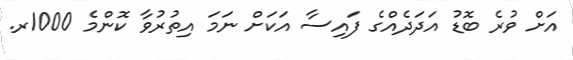
އަށް ވުރެ ބޮޑު އަދަދެއްގެ ފައިސާ އަކަށް ނަމަ އިތުރުވާ ކޮންމެ 1000ރ.